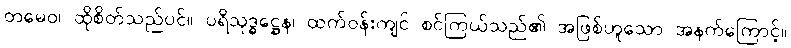
တမေဝ၊ ထိုစိတ်သည်ပင်။ ပရိသုဒ္ဓဋ္ဌေန၊ ထက်ဝန်းကျင် စင်ကြယ်သည်၏ အဖြစ်ဟူသော အနက်ကြောင့်။